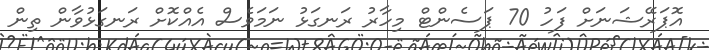
އޮޕަރޭޝަނަށް ފަހު 70 ޕަސެންޓް މިހާރު ރަނގަޅު ނަމަވެސް އެއްކޮށް ރަނގަޅުވާން ތިން